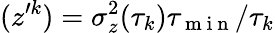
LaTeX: (z^{\prime k})=\sigma_{z}^{2}(\tau_{k})\tau_{\mathrm{~m~i~n~}}/\tau_{k}